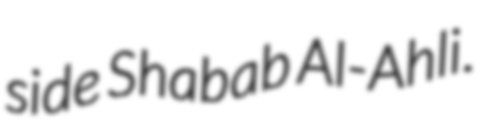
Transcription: side Shabab Al-Ahli.